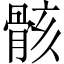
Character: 骸